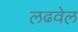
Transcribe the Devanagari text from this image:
लढवेल